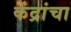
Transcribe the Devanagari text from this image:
केंद्रांचा